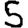
Digit: 5